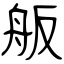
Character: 舨